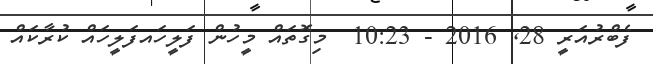
ފެބްރުއަރީ 28